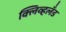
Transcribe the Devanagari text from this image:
क्लिव्हलँड